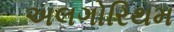
અલગોરિથમ